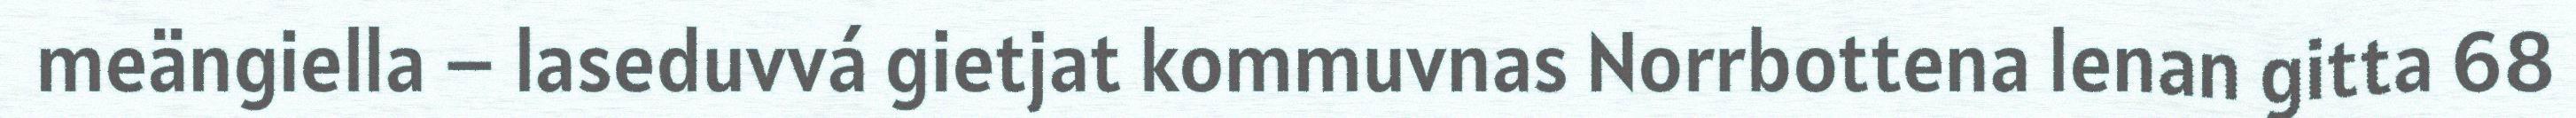
meängiella – laseduvvá gietjat kommuvnas Norrbottena lenan gitta 68